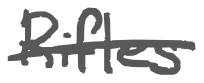
Text: Rifles
Cross-out: single-line
Writing tool: digital_gray